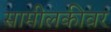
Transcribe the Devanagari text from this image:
सामीलकीवर